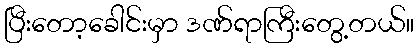
ပြီးတော့ခေါင်းမှာ ဒဏ်ရာကြီးတွေ့တယ်။